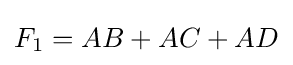
F_{1}=AB+AC+AD